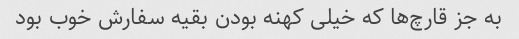
به جز قارچ‌ها که خیلی کهنه بودن بقیه سفارش خوب بود